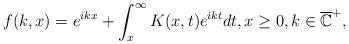
LaTeX: \begin{align*} f(k,x)=e^{ikx}+\int_x^\infty K(x,t)e^{ikt}dt,x\ge0,k\in\overline{\mathbb{C}}^+,\end{align*}